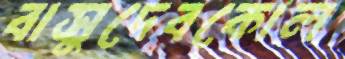
বাসুদেবকোল